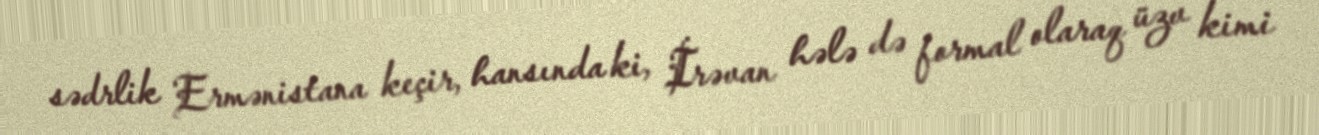
sədrlik Ermənistana keçir, hansında ki, İrəvan hələ də formal olaraq üzv kimi